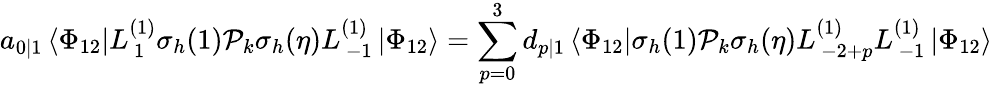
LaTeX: a_{0|1}\left\langle\Phi_{12}\right|L_{\, 1}^{(1)}\sigma_{h}(1)\mathcal{P}_{k}\sigma_{h}(\eta)L_{\, -1}^{(1)}\left|\Phi_{12}\right\rangle=\sum_{p=0}^{3}d_{p|1}\left\langle\Phi_{12}\right|\sigma_{h}(1)\mathcal{P}_{k}\sigma_{h}(\eta)L_{\, -2+p}^{(1)}L_{\, -1}^{(1)}\left|\Phi_{12}\right\rangle